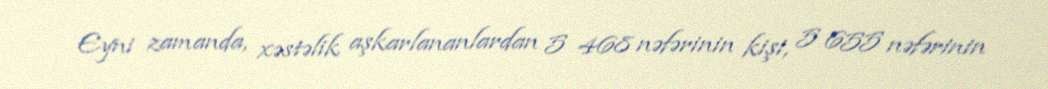
Eyni zamanda, xəstəlik aşkarlananlardan 5 468 nəfərinin kişi, 5 655 nəfərinin